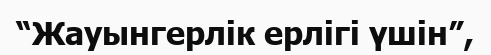
“Жауынгерлік ерлігі үшін”,